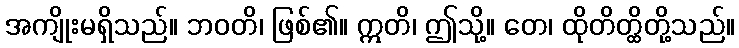
အကျိုးမရှိသည်။ ဘဝတိ၊ ဖြစ်၏။ ဣတိ၊ ဤသို့။ တေ၊ ထိုတိတ္ထိတို့သည်။